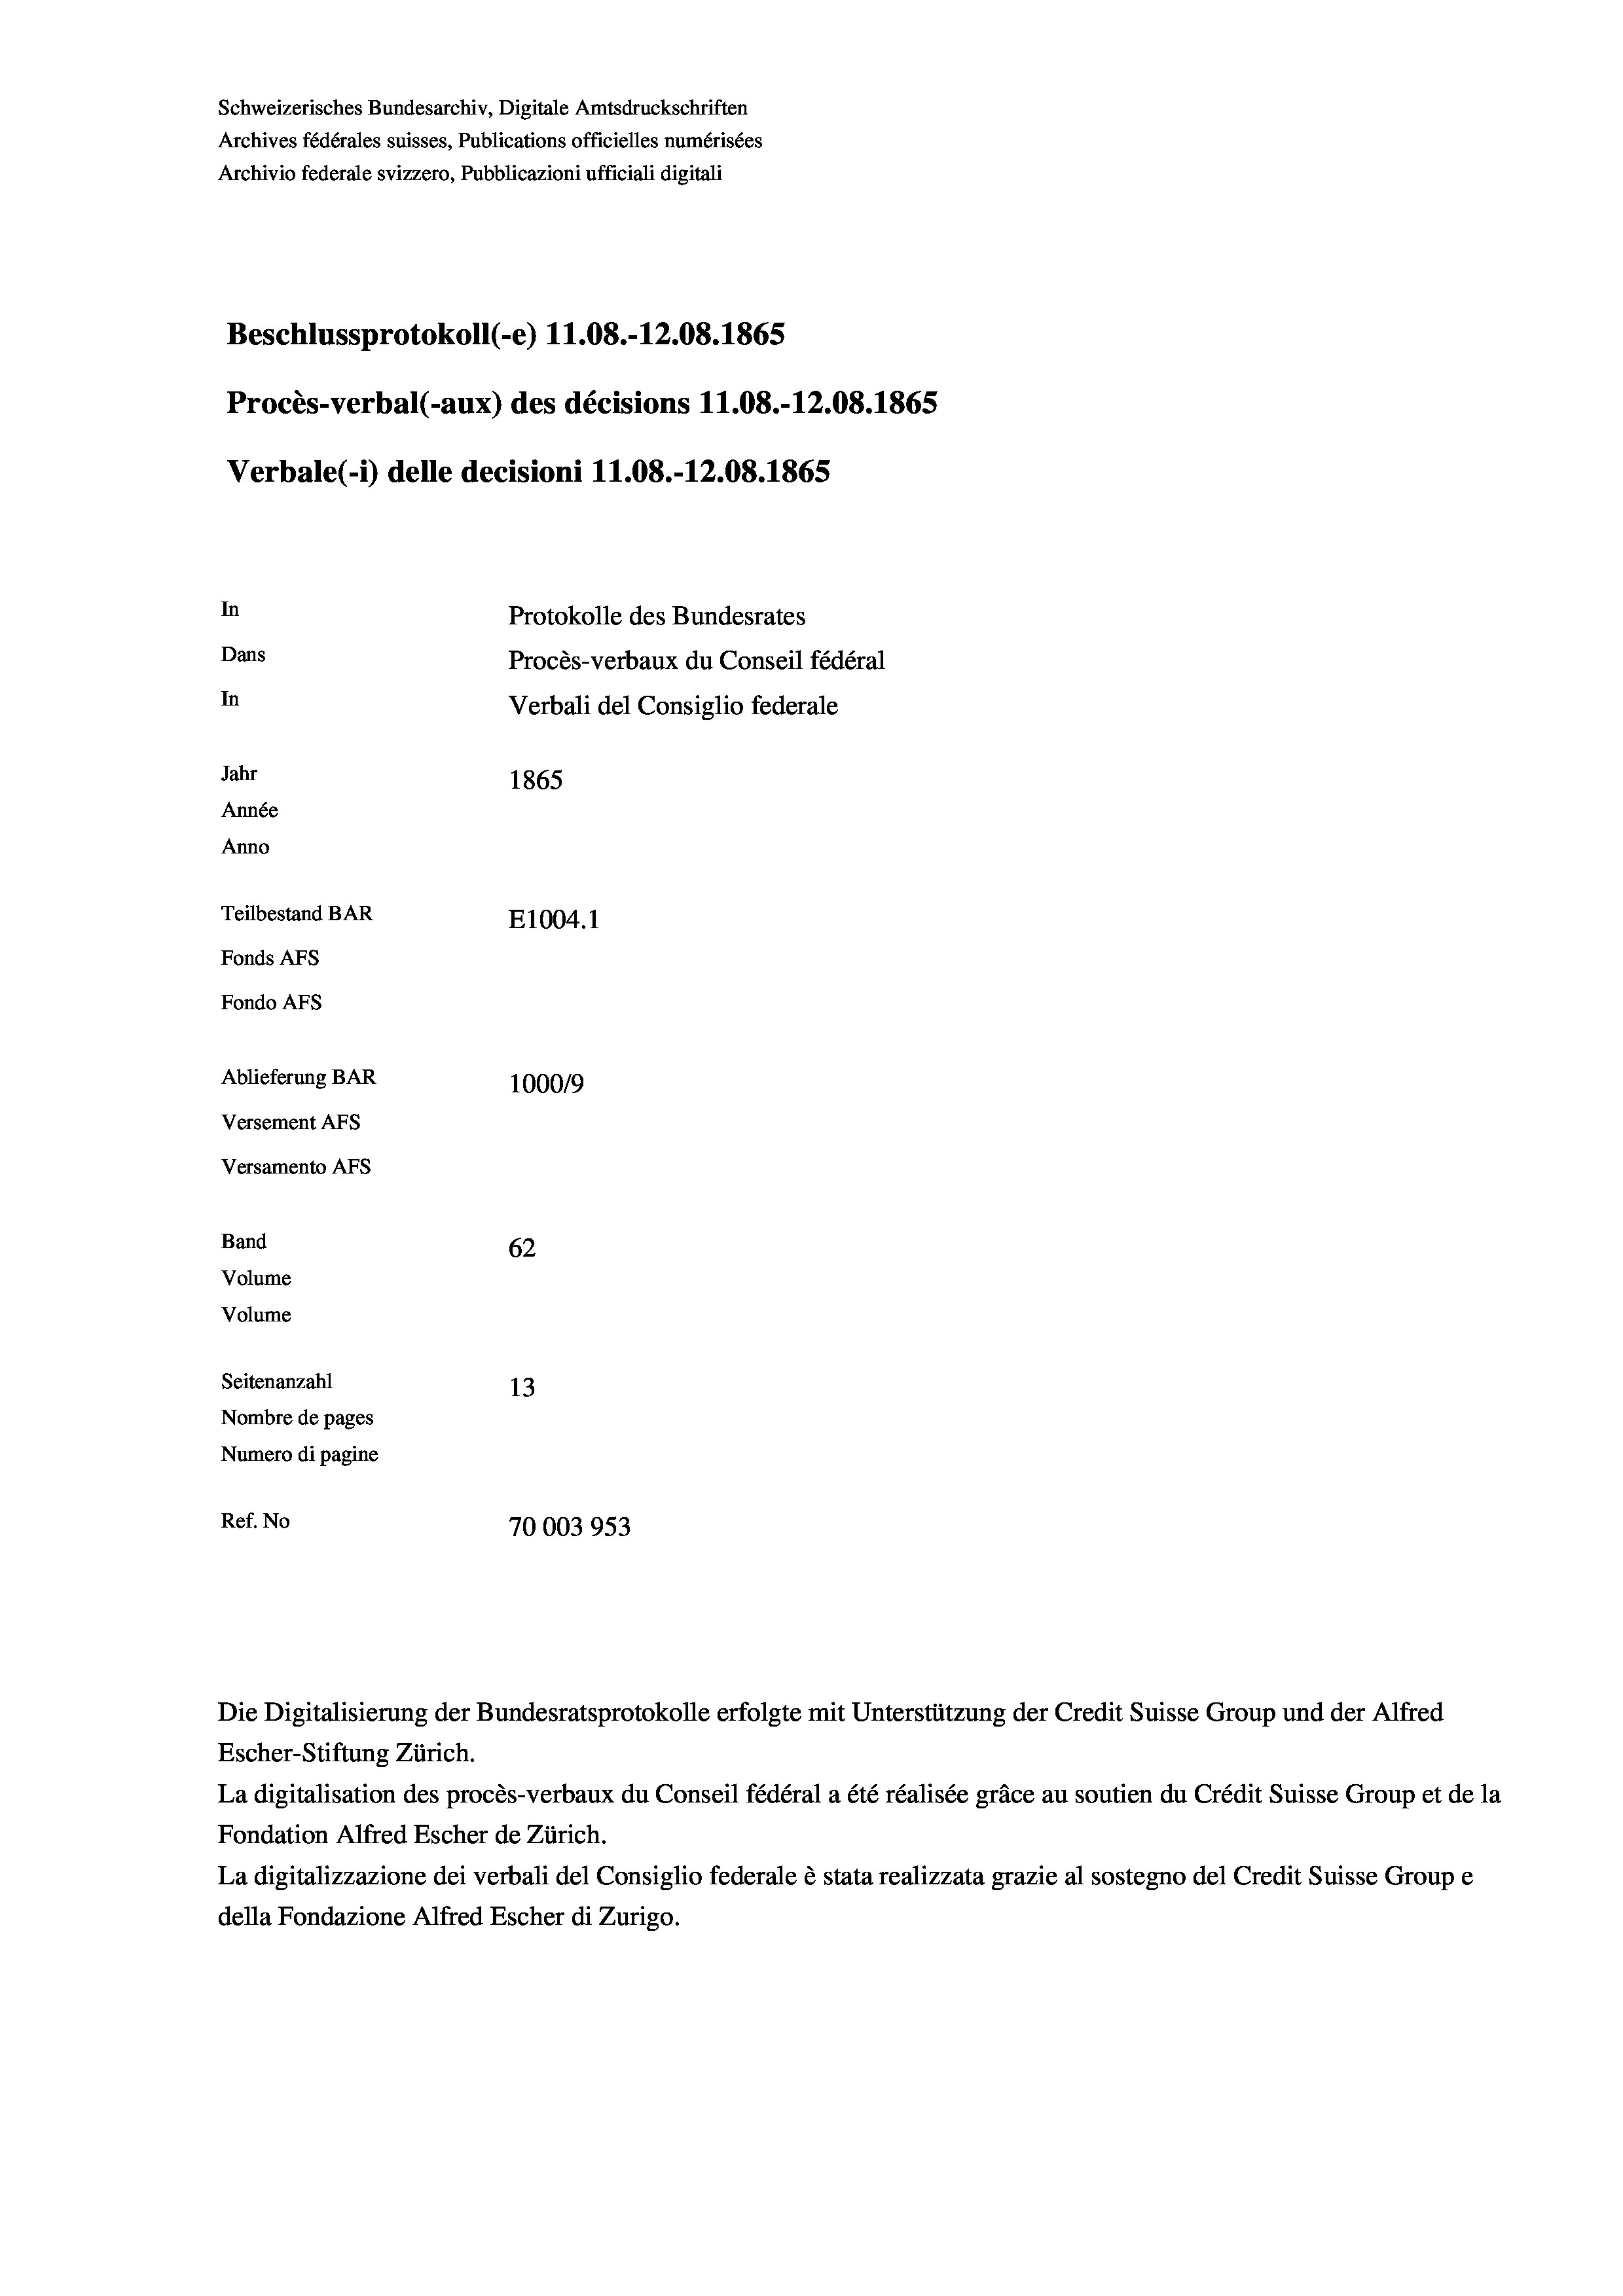
Schweizerisches Bundesarchiv, Digitale Amtsdruckschriften
Archives fédérales suisses, Publications officielles numérisées
Archivio federale svizzero, Pubblicazioni ufficiali digitali
Beschlussprotokoll (-e) 11.08.-12.08. 1865
Procès-verbal (-aux) des décisions 11.08.-12.08. 1865
Verbale (- 1) delle decisioni 11.08.-12.08. 1865
In
Protokolle des Bundesrates
Dans
Procès-verbaux du Conseil fédéral
In
Verbali del Consiglio federale
Jahr
1865
Année
Anno
Teilbestand BAR
E1004. 1
Fonds AFs
Fondo AFS
Ablieferung BAR
100019
Versement AFs
Versamento AFs
Band
62
Volume
Volume
Seitenanzahl
13
Nombre de pages
Numero di pagine
Ref. No
70003953

La digitalisation des procès-verbaux du Conseil fédéral a été réalisée gräce au soutien du Crédit Suisse Group et de la
Fondation Alfred Escher de Zürich.
La digitalizzazione dei verbali del Consiglio federale è stata realizzata grazie al sostegno del Credit Suisse Groupe
della Fondazione Alfred Escher di Zurigo.

Die Digitalisierung der Bundesratsprotokolle erfolgte mit Unterstützung der Credit Suisse Group und der Alfred
Escher-Stiftung Zürich.